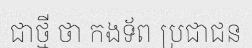
ជាថ្មី ថា កងទ័ព ប្រជាជន